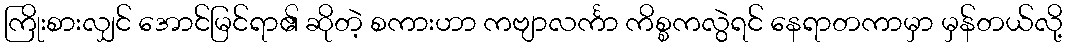
ကြိုးစားလျှင် အောင်မြင်ရာ၏ ဆိုတဲ့ စကားဟာ ကဗျာလင်္ကာ ကိစ္စကလွဲရင် နေရာတကာမှာ မှန်တယ်လို့